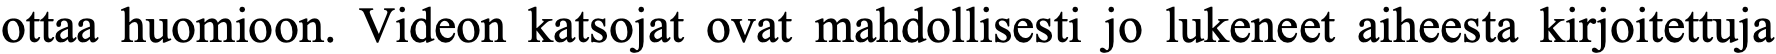
ottaa huomioon. Videon katsojat ovat mahdollisesti jo lukeneet aiheesta kirjoitettuja